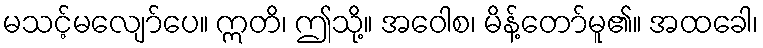
မသင့်မလျော်ပေ။ ဣတိ၊ ဤသို့။ အဝေါစ၊ မိန့်တော်မူ၏။ အထခေါ၊